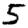
Digit: 5